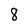
Character: 8